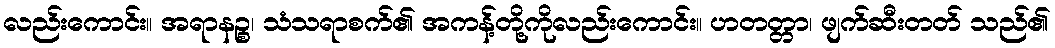
လည်းကောင်း။ အရာနဉ္စ၊ သံသရာစက်၏ အကန့်တို့ကိုလည်းကောင်း။ ဟတတ္တာ၊ ဖျက်ဆီးတတ် သည်၏